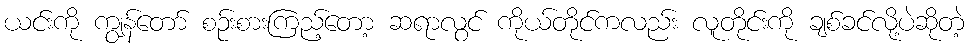
ယင်းကို ကျွန်တော် စဉ်းစားကြည့်တော့ ဆရာလွင် ကိုယ်တိုင်ကလည်း လူတိုင်းကို ချစ်ခင်လို့ပဲဆိုတဲ့